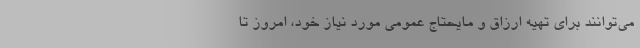
می‌توانند برای تهیه ارزاق و مایحتاج عمومی مورد نیاز خود، امروز تا